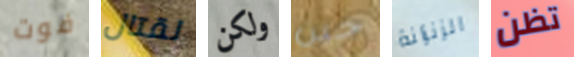
فوت لقتال ولكن جين الزنزانة تظن